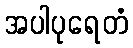
အပါပုရေတံ